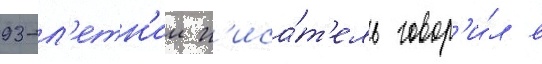
93-л'етн'ии п'иса́т'ель говор'и́л в